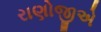
રાણોજીએ